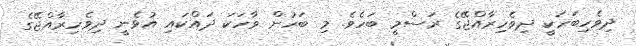
ދިވެހިބަހަކީ ދިވެހިރާއްޖޭގެ ރަސްމީ ބަހެވެ. މި ބަހުން ވާހަކަ ދައްކައި އުޅެނީ ދިވެހިރާއްޖޭގެ